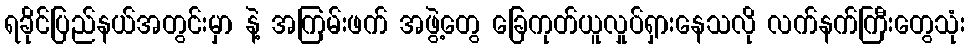
ရခိုင်ပြည်နယ်အတွင်းမှာ နဲ့ အကြမ်းဖက် အဖွဲ့တွေ ခြေကုတ်ယူလှုပ်ရှားနေသလို လက်နက်ကြီးတွေသုံး